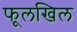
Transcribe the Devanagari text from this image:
फूलखिल